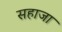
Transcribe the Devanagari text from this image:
सहाजा